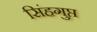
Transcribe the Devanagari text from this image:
सिंहगुप्त